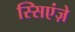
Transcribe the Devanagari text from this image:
स्सिएंज़े